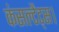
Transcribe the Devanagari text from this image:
कंसल्टेंट्स।